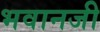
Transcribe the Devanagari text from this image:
भवानजी